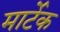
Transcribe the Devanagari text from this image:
मार्टेक